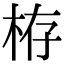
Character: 栫